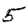
Digit: 5